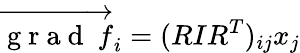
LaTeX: \overrightarrow{\mathrm{~g~r~a~d~}~f}_{i}=(RIR^{T})_{ij}x_{j}